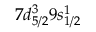
7 d _ { 5 / 2 } ^ { 3 } 9 s _ { 1 / 2 } ^ { 1 }